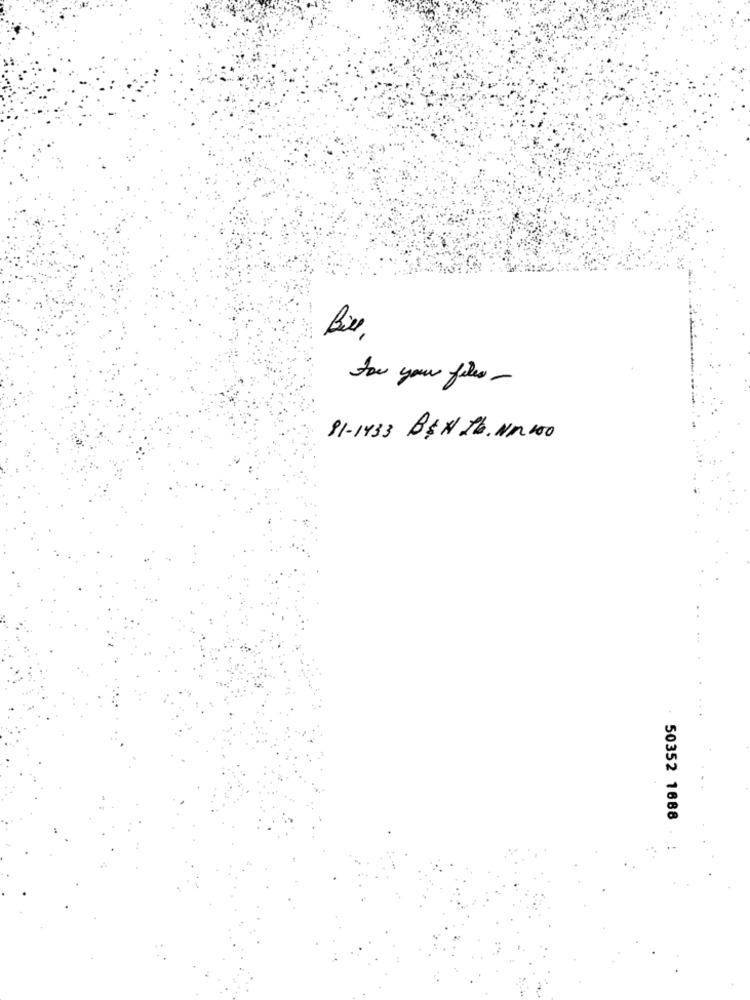
for your files -
81-1433 B & N Ib. NM 150
50352 1688